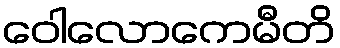
ဝေါလောကေမီတိ